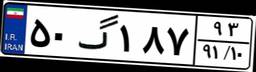
۲۳گ۵۰۱۲۲